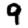
Digit: 9